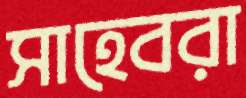
সাহেবরা